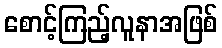
စောင့်ကြည့်လူနာအဖြစ်